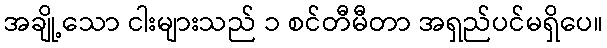
အချို့သော ငါးများသည် ၁ စင်တီမီတာ အရှည်ပင်မရှိပေ။